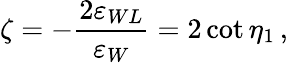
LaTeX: \zeta=-\frac{2\varepsilon_{WL}}{\varepsilon_{W}}=2\cot{\eta_{1}}\, ,